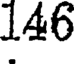
146